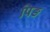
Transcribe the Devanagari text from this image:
पिङ